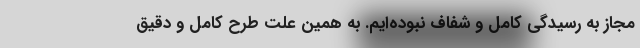
مجاز به رسيدگي كامل و شفاف نبوده‌ايم. به همين علت طرح كامل و دقيق